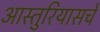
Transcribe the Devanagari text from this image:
आस्तुरियासचे